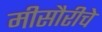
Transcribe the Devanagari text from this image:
मीसौरीचे